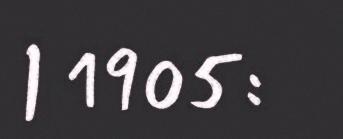
| 1905: